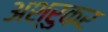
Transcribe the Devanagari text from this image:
अश्रुकर